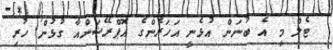
ޓެލް މީ އެ ބުނަން އުޅެނީ އަހަރެންގެ އޮޕްރޭޝަންއާ ގުޅުން ހުރި